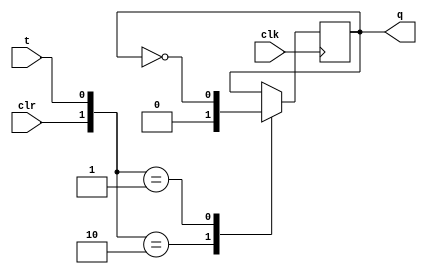
`timescale 1ns / 1ps
////////////////////////////////////////////////////////////////////////////////
// Company: 
// Engineer:
//
// Design Name:    
// Module Name:    tffcase
// Project Name:   
// Target Device:  
// Tool versions:  
// Description:
//
// Dependencies:
// 
// Revision:
// Revision 0.01 - File Created
// Additional Comments:
// 
////////////////////////////////////////////////////////////////////////////////
module tffcase(q, clk, clr, t);
output q;
input clk;
input clr;
input t;
reg q;
initial
q=0;
always@(negedge clk)
begin
case({clr,t})
2'b10: q=0;
2'b00: q=q;
2'b01: q=~q;
endcase
end
endmodule